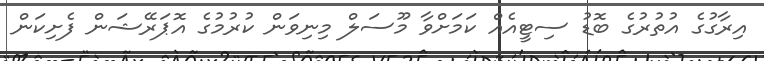
އިރާގުގެ އުތުރުގެ ބޮޑު ސިޓީއެއް ކަމަށްވާ މޫސަލް މިނިވަން ކުރުމުގެ އޮޕަރޭޝަން ފެށިކަން